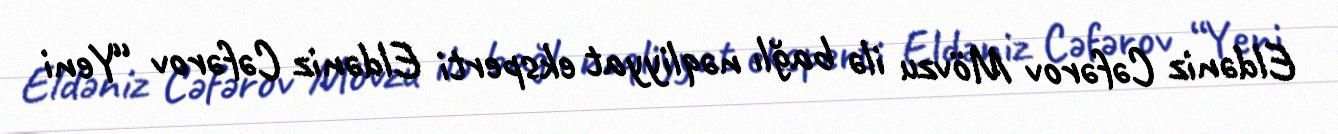
Eldəniz Cəfərov Mövzu ilə bağlı nəqliyyat eksperti Eldəniz Cəfərov “Yeni